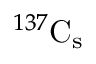
^ { 1 3 7 } \mathrm { C _ { s } }